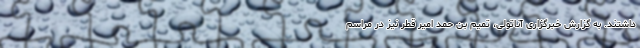
داشتند. به گزارش خبرگزاری آناتولی،‌ تمیم بن حمد امیر قطر نیز در مراسم